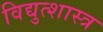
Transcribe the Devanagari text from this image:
विद्युत्शास्त्र